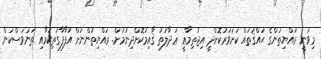
މިވަނީ ރައްޔިތުންގެ ޙައްޤުތައް ކަށަވަރުކޮށްދީ އިޖުތިމާޢީ ޢަދާލަތު ޤާއިމުކޮށްދިނުމަށް. ރައްޔިތުންނަށް އުފާފާގަތިކަމާއި ތަނަވަސްކަން